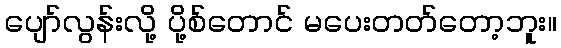
ပျော်လွန်းလို့ ပို့စ်တောင် မပေးတတ်တော့ဘူး။